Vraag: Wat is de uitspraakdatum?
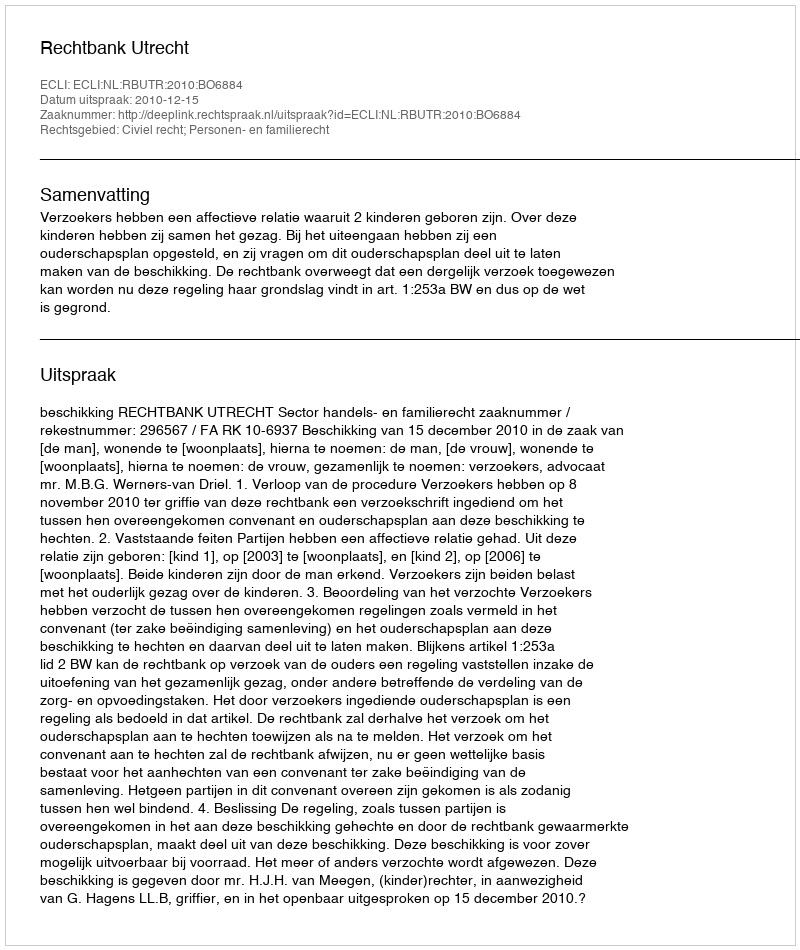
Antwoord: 2010-12-15